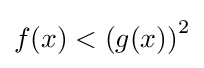
f(x)<\left(g(x)\right)^{2}